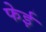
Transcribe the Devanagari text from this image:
फेई